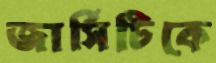
জার্সিটিকে